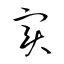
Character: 實